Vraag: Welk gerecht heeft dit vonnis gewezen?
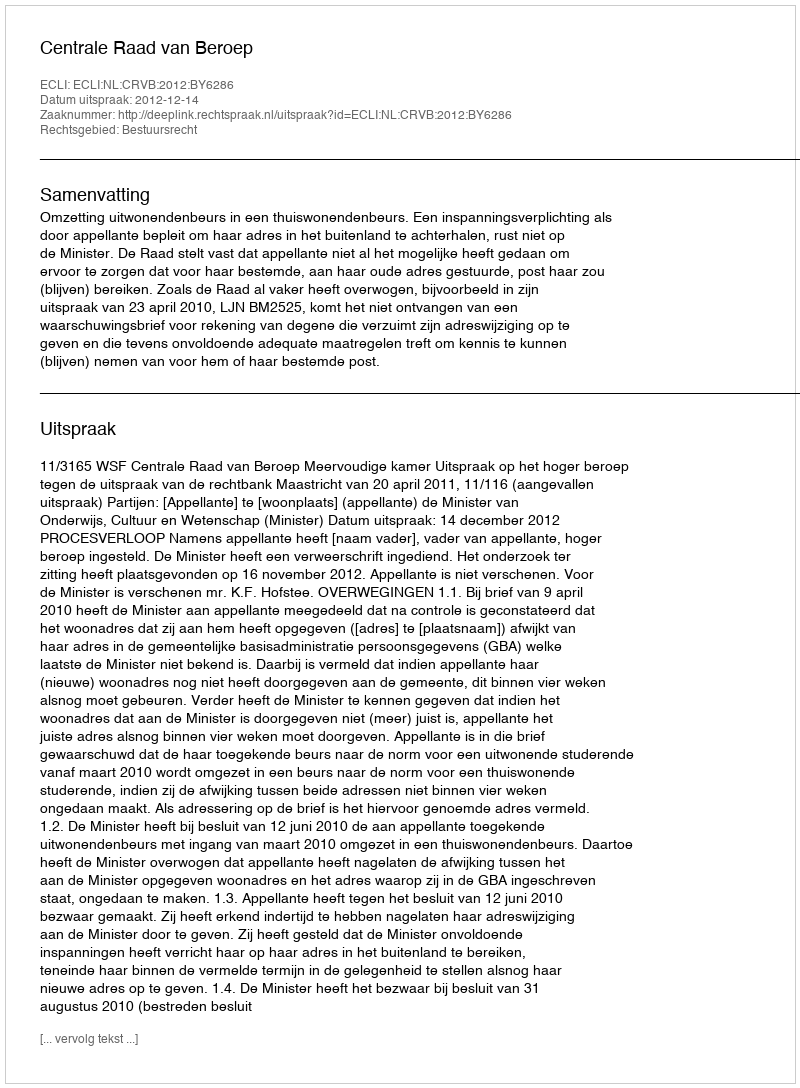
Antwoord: Centrale Raad van Beroep